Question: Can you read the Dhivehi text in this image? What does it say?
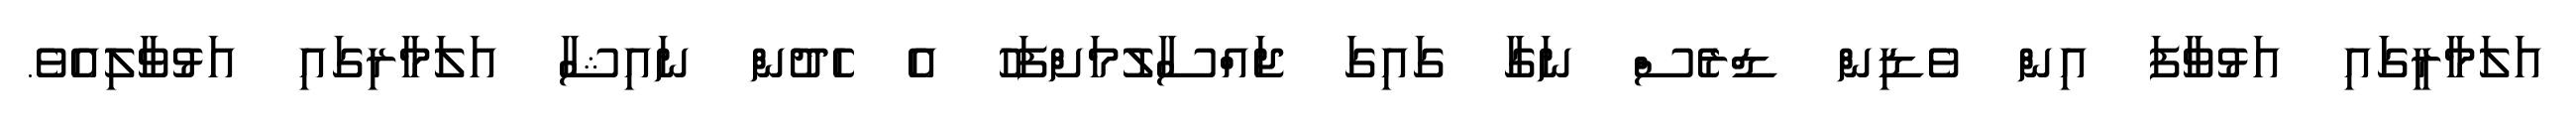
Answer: އަލަމާރީގަައި އަޅުވާފަ އިން ވެޑިން ޑްރެސް ނަގާ ގައިގަ ޖައްސާލުމަށްފަހު އެ ހެދުން ނައިޝާ އަލަމާރިގައި އަޅުވާލިއެވެ.